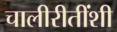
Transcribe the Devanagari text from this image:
चालीरीतींशी